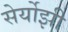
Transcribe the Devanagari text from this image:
सेर्योझी